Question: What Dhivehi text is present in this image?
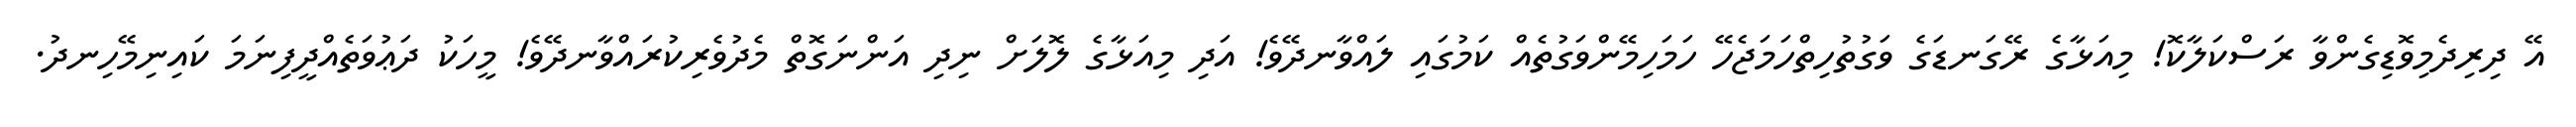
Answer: އޭ ދިރިދެމިވޮޑިގެންވާ ރަސްކަލާކޮ! މިއަޅާގެ ރޭގަނޑަގެ ވަގުތުހިތްހަމަޖެހޭ ހަމަހިމޭންވަގުތެއް ކަމުގައި ލައްވާނދޭވެ! އަދި މިއަޅާގެ ލޮލަށް ނިދި އަންނަގޮތް މެދުވެރިކުރައްވާނދޭވެ! މީހަކު ދަޢުވަތެއްދީފިނަމަ ކައިނިމޭހިނދު.